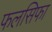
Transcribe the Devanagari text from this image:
फलसिफा